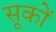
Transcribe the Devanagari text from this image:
सूकों